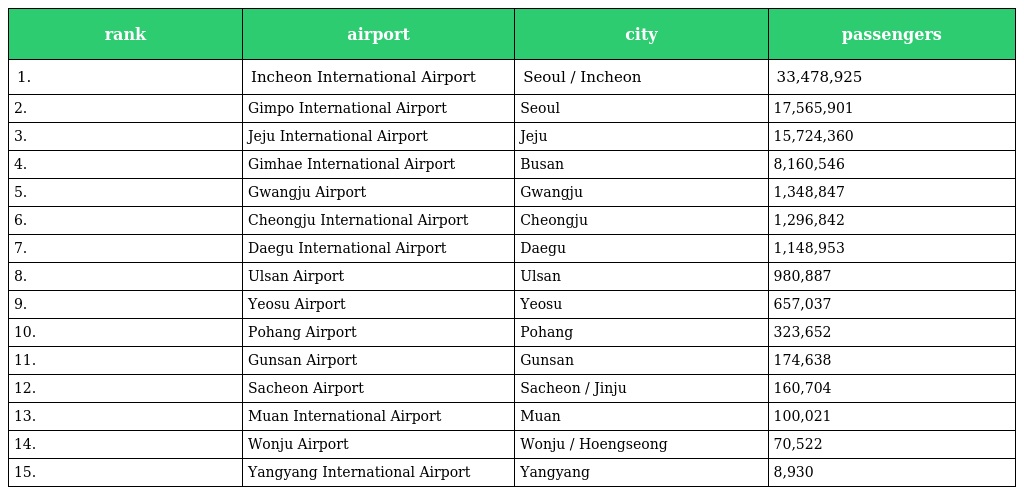
| rank | airport | city | passengers |
 | --- | --- | --- | --- |
 | 1. | Incheon International Airport | Seoul / Incheon | 33,478,925 |
 | 2. | Gimpo International Airport | Seoul | 17,565,901 |
 | 3. | Jeju International Airport | Jeju | 15,724,360 |
 | 4. | Gimhae International Airport | Busan | 8,160,546 |
 | 5. | Gwangju Airport | Gwangju | 1,348,847 |
 | 6. | Cheongju International Airport | Cheongju | 1,296,842 |
 | 7. | Daegu International Airport | Daegu | 1,148,953 |
 | 8. | Ulsan Airport | Ulsan | 980,887 |
 | 9. | Yeosu Airport | Yeosu | 657,037 |
 | 10. | Pohang Airport | Pohang | 323,652 |
 | 11. | Gunsan Airport | Gunsan | 174,638 |
 | 12. | Sacheon Airport | Sacheon / Jinju | 160,704 |
 | 13. | Muan International Airport | Muan | 100,021 |
 | 14. | Wonju Airport | Wonju / Hoengseong | 70,522 |
 | 15. | Yangyang International Airport | Yangyang | 8,930 |